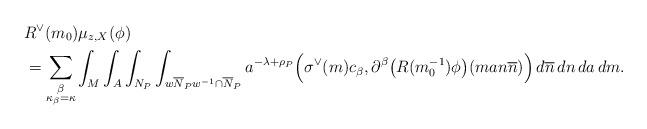
LaTeX: \begin{align*}&R^{\vee}(m_{0})\mu_{z,X}(\phi)\\&=\sum_{\substack{\beta\\ \kappa_{\beta}=\kappa}} \int_{M}\int_{A}\int_{N_{P}} \int_{w\overline{N}_{P}w^{-1}\cap\overline{N}_{P}} a^{-\lambda+\rho_{P}}\Big(\sigma^{\vee}(m) c_{\beta},\partial^{\beta}\big(R(m_{0}^{-1})\phi\big)(man\overline{n})\Big)\,d\overline{n}\,dn\,da\,dm.\end{align*}